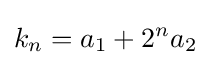
k_{n}=a_{1}+2^{n}a_{2}